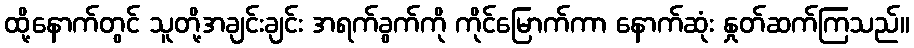
ထို့နောက်တွင် သူတို့အချင်းချင်း အရက်ခွက်ကို ကိုင်မြောက်ကာ နောက်ဆုံး နှုတ်ဆက်ကြသည်။